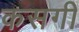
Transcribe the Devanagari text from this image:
कसगी